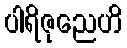
ပါရိဇုညေဟိ